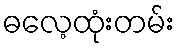
ဓလေ့ထုံးတမ်း